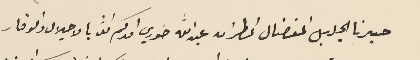
حبرنا الجليل المفضال المطران عبدالله خوري امدكم الله بالاجلال والوقار